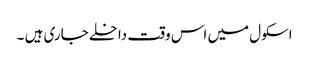
اسکول میں اس وقت داخلے جاری ہیں ۔